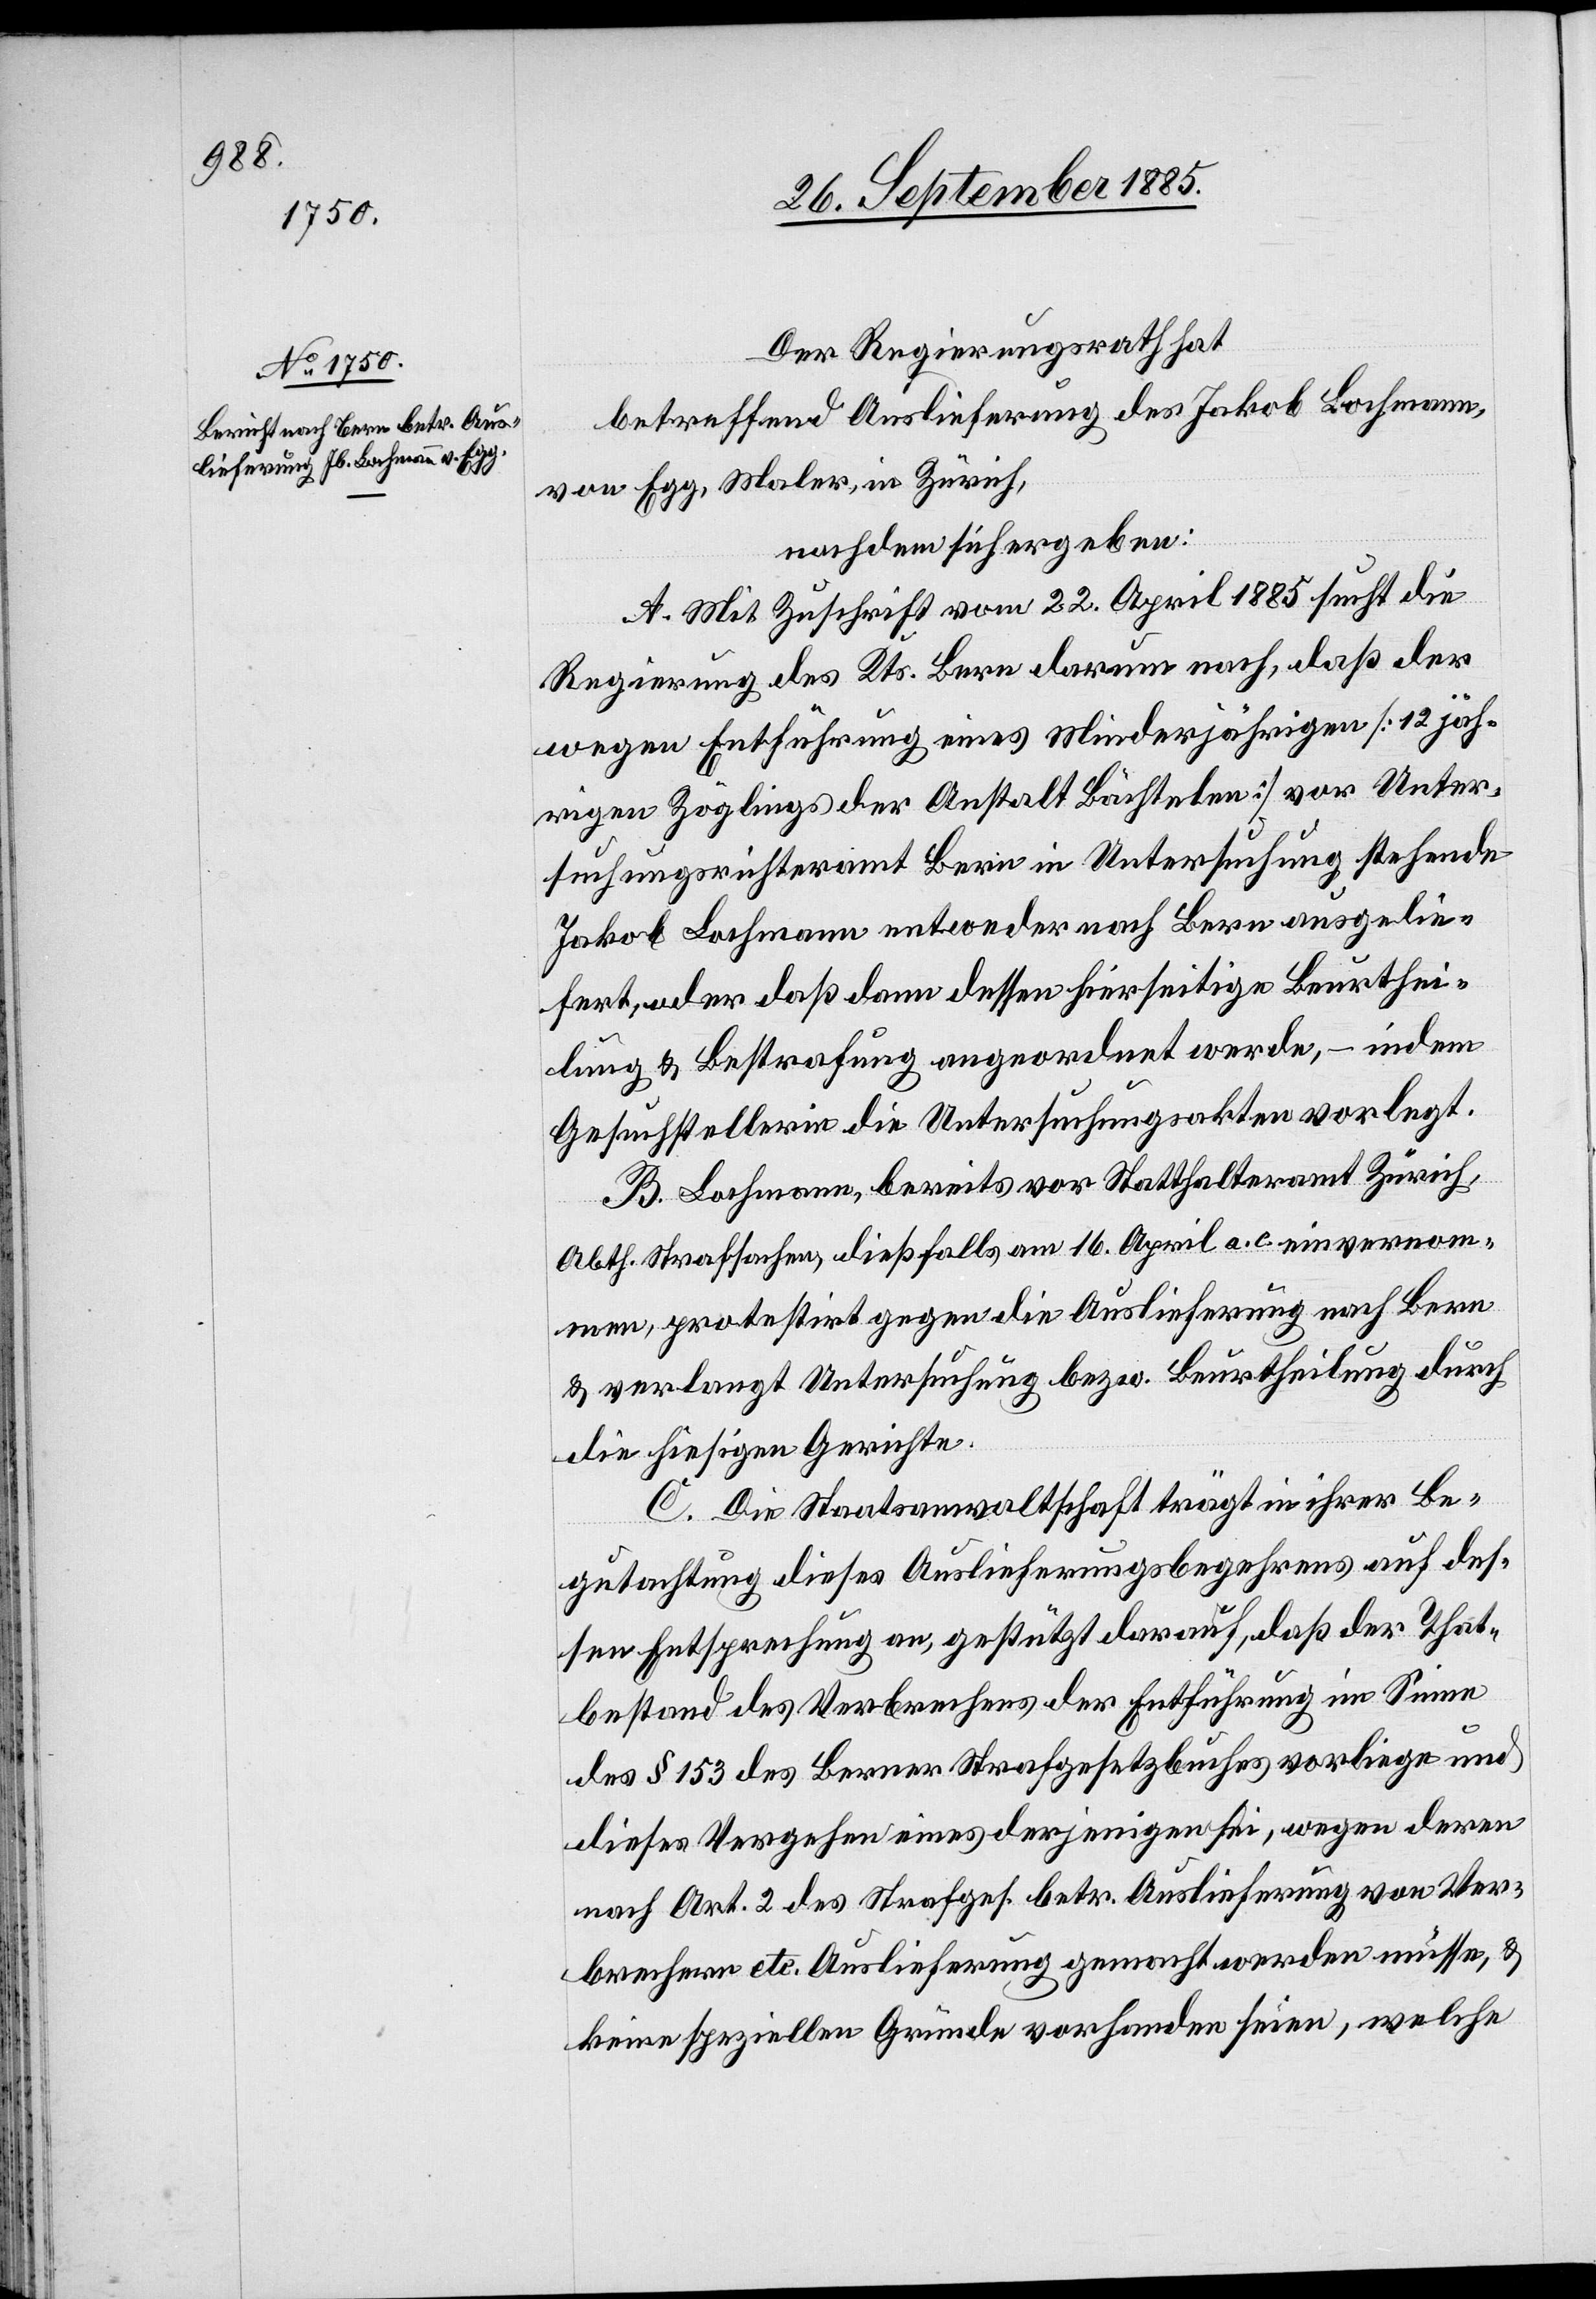
Der Regierungsrath hat
betreffend Auslieferung des Jakob Lochmann,
von Egg, Maler in Zürich,
nachdem sich ergeben:
A. Mit Zuschrift vom 22. April 1885 sucht die
Regierung des Kts. Bern darum nach, daß der
wegen Entführung eines Minderjährigen [12jäh¬
rigen Zöglings der Anstalt Bächtelen] vor Unter¬
suchungsrichteramt Bern in Untersuchung stehende
Jakob Lochmann entweder nach Bern ausgelie¬
fert, oder daß dann dessen hierseitige Beurthei¬
lung & Bestrafung angeordnet werde, – indem
Gesuchstellerin die Untersuchungsakten vorlegt.
B. Lochmann, bereits vor Statthalteramt Zürich,
Abth. Strafsachen, dießfalls am 16. April a. c. einvernom¬
men, protestirt gegen die Auslieferung nach Bern
& verlangt Untersuchung bezw. Beurtheilung durch
die hiesigen Gerichte.
C. Die Staatsanwaltschaft trägt in ihrer Be¬
gutachtung dieses Auslieferungsbegehrens auf des¬
sen Entsprechung an, gestützt darauf, daß der That¬
bestand des Verbrechens der Entführung im Sinne
des § 153 des Berner Strafgesetzbuches vorliege und
dieses Vergehen eines derjenigen sei, wegen deren
nach Art. 2 des Strafges. betr. Auslieferung von Ver¬
brechen etc. Auslieferung gemacht werden müsse, &
keine speziellen Gründe vorhanden seien, welche